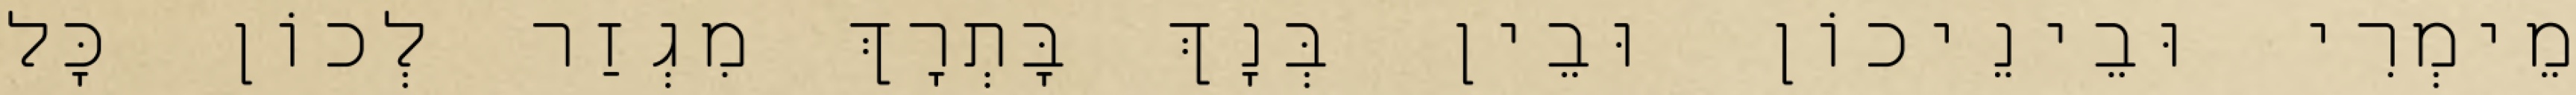
מֵימְרִי וּבֵינֵיכוֹן וּבֵין בְּנָךְ בָּתְרָךְ מִגְזַר לְכוֹן כָּל